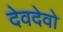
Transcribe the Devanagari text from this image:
देवदेवो